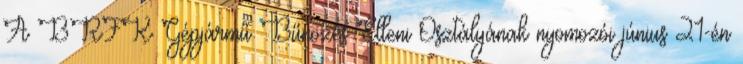
A BRFK Gépjármű Bűnözés Elleni Osztályának nyomozói június 21-én